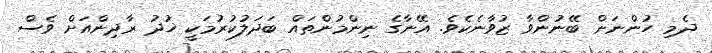
ދެމި ހުންނަން ބޭނުންވާ ޒުވާނެކެވެ. އޭނާގެ ނިންމުންތައް ބަދަލުކުރުމަކީ ޚުދު ރާދިންއަށް ވެސް